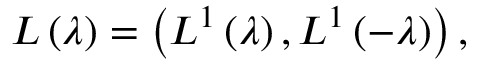
L \left( \lambda \right) = \left( L ^ { 1 } \left( \lambda \right) , L ^ { 1 } \left( - \lambda \right) \right) ,